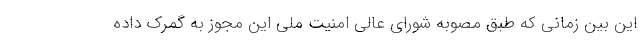
این بین زمانی که طبق مصوبه شورای عالی امنیت ملی این مجوز به گمرک داده